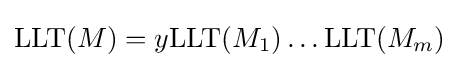
\mathrm {LLT} (M)=y\mathrm {LLT} (M_{1})\ldots \mathrm {LLT} (M_{m})